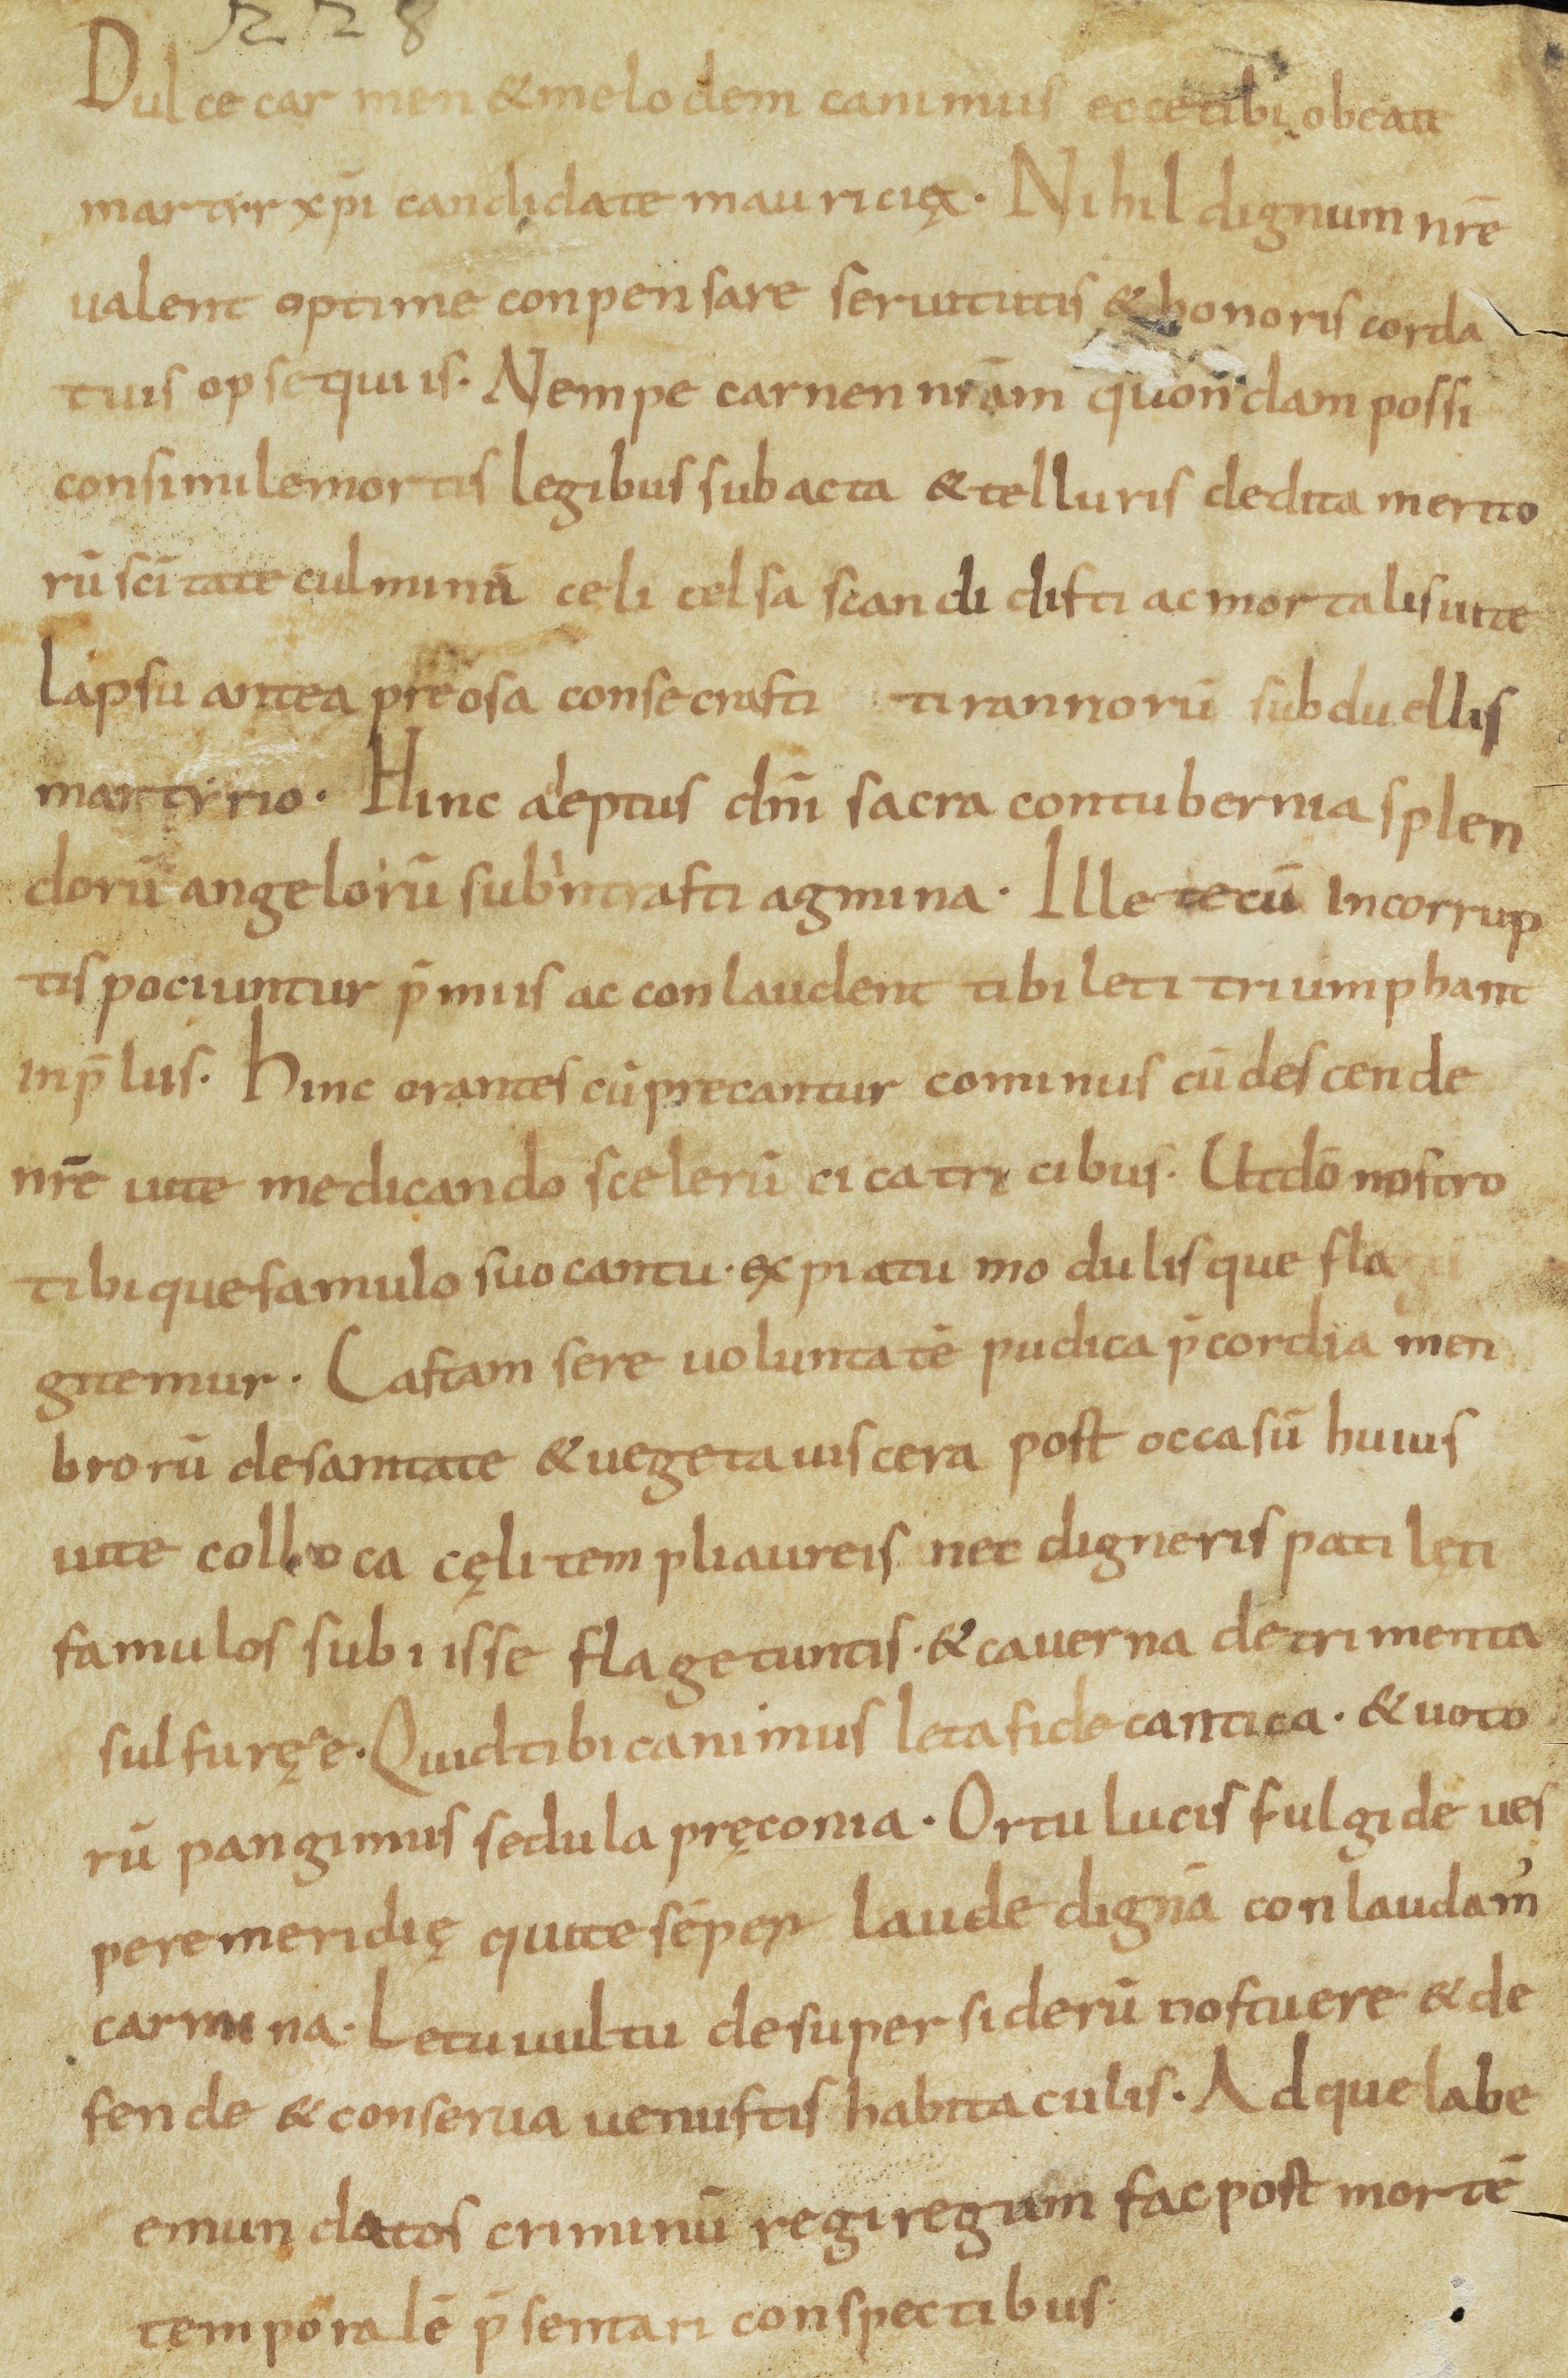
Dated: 900–999